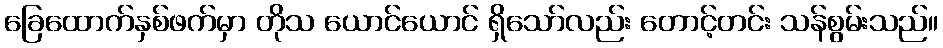
ခြေထောက်နှစ်ဖက်မှာ တိုသ ယောင်ယောင် ရှိသော်လည်း တောင့်တင်း သန်စွမ်းသည်။